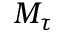
M _ { \tau }